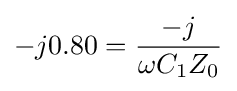
-j0.80={\frac {-j}{\omega C_{1}Z_{0}}}